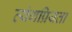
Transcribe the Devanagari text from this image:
व्यंगप्रियता